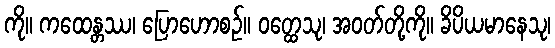
ကို။ ကထေန္တဿ၊ ပြောဟောစဉ်။ ဝတ္ထေသု၊ အဝတ်တို့ကို။ ခိပိယမာနေသု၊